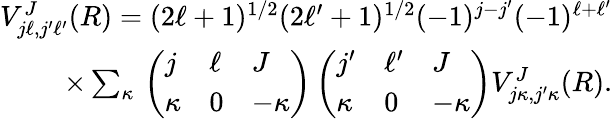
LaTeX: \begin{array}{r}{V_{j\ell,j^{\prime}\ell^{\prime}}^{J}(R)=(2\ell+1)^{1/2}(2\ell^{\prime}+1)^{1/2}(-1)^{j-j^{\prime}}(-1)^{\ell+\ell^{\prime}}}\\ {\times\sum_{\kappa}{}\left(\begin{array}{lll}{j}&{\ell}&{J}\\ {\kappa}&{0}&{-\kappa}\end{array}\right)\left(\begin{array}{lll}{j^{\prime}}&{\ell^{\prime}}&{J}\\ {\kappa}&{0}&{-\kappa}\end{array}\right)V_{j\kappa,j^{\prime}\kappa}^{J}(R).}\end{array}